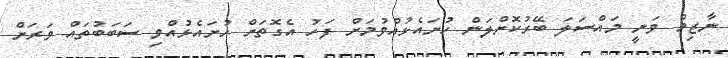
ނާޒިމް ވަނީ މައްސަލަ ބޭރުުކޮށްލަން ހުށައެޅުއްވުމަށް ފަހު އެގޮތަށް ހުށައެޅުއްވި ސަބަބުތައް ވަރަށް